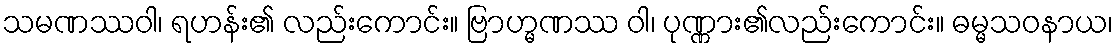
သမဏဿဝါ၊ ရဟန်း၏ လည်းကောင်း။ ဗြာဟ္မဏဿ ဝါ၊ ပုဏ္ဏား၏လည်းကောင်း။ ဓမ္မသဝနာယ၊